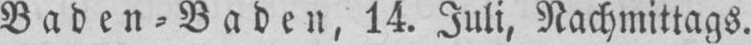
Baden⸗Baden, 14. Juli, Nachmittags.